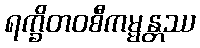
ရက္ခိတဝစီကမ္မန္တဿ